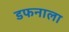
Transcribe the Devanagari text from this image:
डफनाला